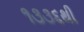
૧૩૩૬થી